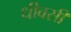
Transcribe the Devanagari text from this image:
धीवसी